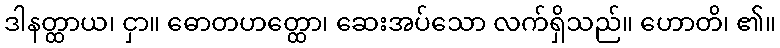
ဒါနတ္ထာယ၊ ငှာ။ ဓောတဟတ္ထော၊ ဆေးအပ်သော လက်ရှိသည်။ ဟောတိ၊ ၏။